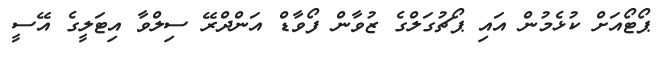
ޕޯޓޯއަށް ކުޅެމުން އައި ޕޯޗުގަލްގެ ޒުވާން ފޯވާޑް އަންދްރޭ ސިލްވާ އިޓަލީގެ އޭސީ